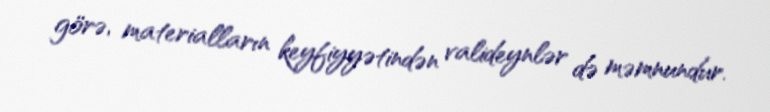
görə, materialların keyfiyyətindən valideynlər də məmnundur.